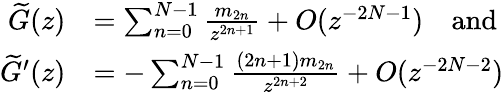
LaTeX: \begin{array}{rl}{\widetilde{G}(z)}&{=\sum_{n=0}^{N-1}\frac{m_{2n}}{z^{2n+1}}+O(z^{-2N-1})\quad\mathrm{and}}\\ {\widetilde{G}^{\prime}(z)}&{=-\sum_{n=0}^{N-1}\frac{(2n+1)m_{2n}}{z^{2n+2}}+O(z^{-2N-2})}\end{array}